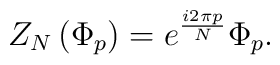
Z_{N}\left( \Phi _{p}\right) =e^{\frac{i2\pi p}{N}}\Phi _{p}.